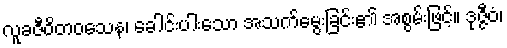
လူခဇီဝိတဝသေန၊ ခေါင်းပါးသော အသက်မွေးခြင်း၏ အစွမ်းဖြင့်။ ဒုဇ္ဇီဝံ၊